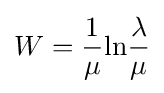
W={\frac {1}{\mu }}\mathrm {ln} {\frac {\lambda }{\mu }}